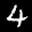
Label: 4